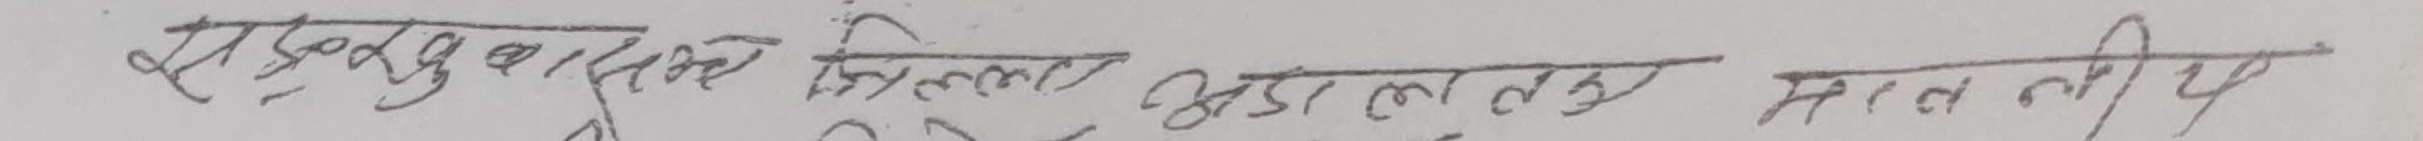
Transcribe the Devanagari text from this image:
सुदुर पश्चिम जिल्ला अदालत माततीर